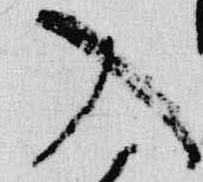
入